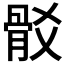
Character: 𩨟